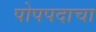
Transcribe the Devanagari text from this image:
पोपपदाचा